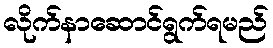
လိုက်နာဆောင်ရွက်ရမည်